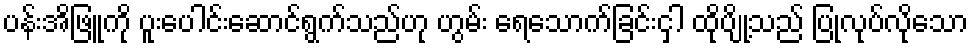
ပန်းအိဖြူကို ပူးပေါင်းဆောင်ရွက်သည်ဟု ဟွမ်း ရေသောက်ခြင်းငှါ ထိုပျို့သည် ပြုလုပ်လိုသော